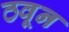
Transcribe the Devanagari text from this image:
ठवून